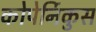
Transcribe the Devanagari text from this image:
कोपेर्निकुस